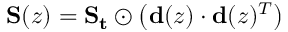
\mathbf { S } ( z ) = \mathbf { S _ { t } } \odot \left( \mathbf { d } ( z ) \cdot \mathbf { d } ( z ) ^ { T } \right)